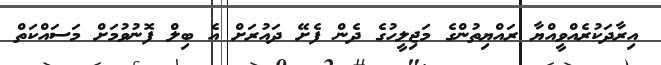
އިރާދަކުރެއްވީއްޔާ ރައްޔިތުންގެ މަޖިލީހުގެ ދެން ފެށޭ ދައުރަށް އެ ބިލް ފޮނުވުމަށް މަސައްކަތް